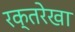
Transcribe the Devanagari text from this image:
रक्तरेखा